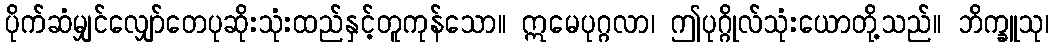
ပိုက်ဆံမျှင်လျှော်တေပုဆိုးသုံးထည်နှင့်တူကုန်သော။ ဣမေပုဂ္ဂလာ၊ ဤပုဂ္ဂိုလ်သုံးယောတို့သည်။ ဘိက္ခူသု၊